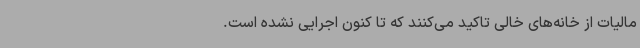
مالیات از خانه‌های خالی تاکید می‌کنند که تا کنون اجرایی نشده است.